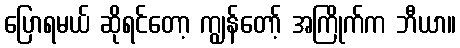
ပြောရမယ် ဆိုရင်တော့ ကျွန်တော့် အကြိုက်က ဘီယာ။